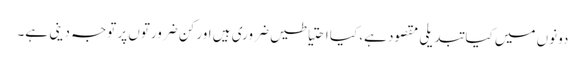
دونوں میں کیا تبدیلی مقصود ہے، کیا احتیاطیں ضروری ہیں اور کن ضرورتوں پر توجہ دینی ہے۔